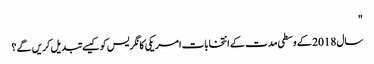
"
سال 2018 کے وسطی مدت کے انتخابات امریکی کانگریس کو کیسے تبدیل کریں گے؟